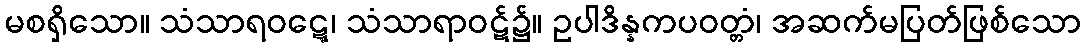
မစရှိသော။ သံသာရဝဋ္ဋေ၊ သံသာရာဝဋ်၌။ ဥပါဒိန္နကပဝတ္တံ၊ အဆက်မပြတ်ဖြစ်သော